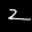
Label: 2